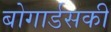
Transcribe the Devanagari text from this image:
बोगार्डसकी